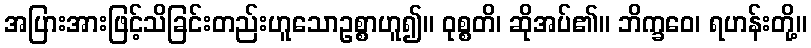
အပြားအားဖြင့်သိခြင်းတည်းဟူသောဥစ္စာဟူ၍။ ဝုစ္စတိ၊ ဆိုအပ်၏။ ဘိက္ခဝေ၊ ရဟန်းတို့။